Lunatic asylums Madras 1892-1911 - 1892-1911
Year: 1892
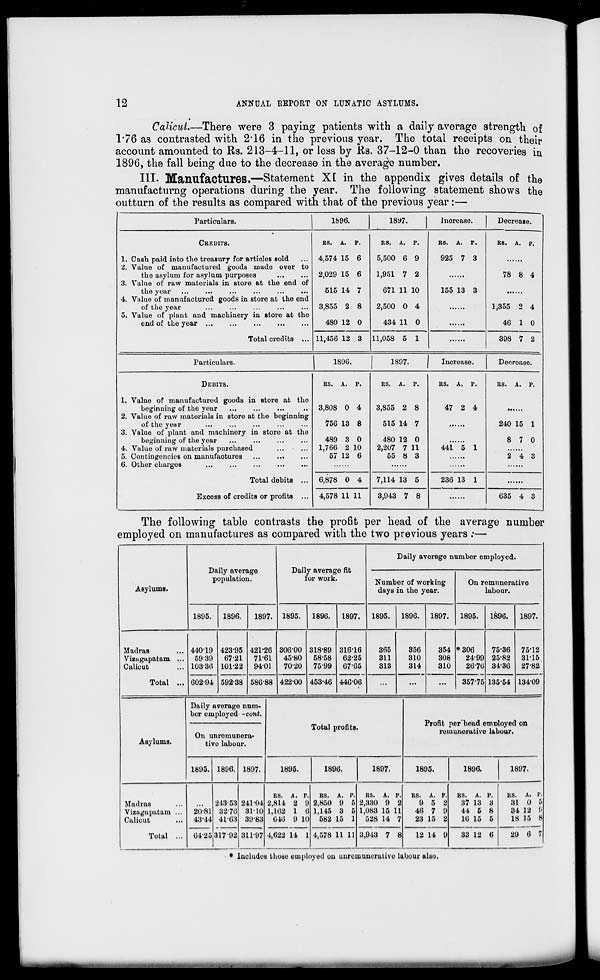
12
ANN DAL REPORT ON LUNATIC ASYLUMS.
Calicut—There were 3 paying patients with a daily average strength of
1/76 as contrasted with 2*16 in the previous year. The total receipts on their
account amounted to Rs. 213-4-11, or less by Ks. 37-12-0 than the recoveries in
1896, the fall being due to the decrease in the average number.
HI. Manufactures.—Statement XL in the appendix gives details of the
manufacturng operations during the year. The following statement shows the
outturn of the results as compared with, that of the previous year:—
Particulars.
1896.
18y7.
Inorease.
Decrease.
CREDITS.
RS. A. p.
RS. A. p.
RS. A. P.
RS. A. p.
1. Cash paid into the treasury for articles sold
4,574 15 6
5,500 6 9
925 7 3
2. Value of manufactured goods made over to
the asylum for asylum purposes
2,029 15 6
1,951 7 2
78 8 4
3. Value of raw materials in store at the end of
the year
515 14 7
671 11 10
155 13 3
4. Value of manufactured goods in store at the end
of the year
3,855 2 8
2,500 0 4
1,355 2 4
5. Value of plant and machinery in store at the
end of the year ...
Total credits ...
480 12 0
434 11 0
46 1 0
11,456 12 3 11,058 5 1
398 7 2
Particulars.
1896.
1897.
Increase.
Decrease.
DEBITS.
RS. A. p.
RS. A. p.
RS. A. P.
RS. A. P.
1. Value of manufactured goods in store at the
beginning of the year
3,808 0 4
3,855 2 8
47 2 4
2. Value of raw materials in store at the beginning
of the year
756 13 8
515 14 7
240 15 1
3. Value of plant and machinery in store at the
beginning of the year
489 3 0
480 12 0
8 7 0
4. Value of raw materials purchased
1,766 2 10
2,207 7 11
441 5 1
5. Contingencies on manufactures
...
..•
57 12 6
55 8 3
2 4 3
6. Other charges
...
Total debits ...
Excess of credits or profits ...
6,878 0 4
7,114 13 5
236 13 1
4,578 11 11
3,943 7 8
635 4 3
The following table contrasts the profit per head of the average number
employed on manufactures as compared with the two previous years ;—
Asylums.
Daily average
population.
Daily average fit
for work.
1895.
1896.
1897. 1895.
1896.
1897.
Daily average number employed.
Number of working
days in the year.
1895.
1896. 1897.
On remunerative
labour.
1895.
1896.
1897.
Madras
Vizugapatam
Calicut
Total
410-19
5939
103-36
602-94
42395
67 21
101-22
592-38
421-26
71-61
9401
586-88
30600
45-80
70-20
422-00
318-89
58-58
7599
453-40
316-16
62-25
67-65
446-06
365
311
313
356
810
314
354
308
310
*306
24-99
26-76
35775
75-36
25-82
34-36
135-54
75-12
3115
27-82
13409
Asylums.
Daily average num-
ber employed -cont.
On unremunera-
tive labour.
1895. 1896. 1897.
Total profits.
1895.
1896.
1897.
Profit per'head employed on
remunerative labour.
1895.
1896.
1897.
Madras
Vizaguputam ...
Calicut
Total ...
20-81
43-44
6425
243-53
3276
41-63
317 92
241-04
3110
3983
311-97
RS. A. r.
2,814 2 9
1,162 1 6
646 9
14
10
1
4,622
RS. A. i 1 .
2,850 9 5
1,145 3 5
582 15 1
4,578 11 11
RS. A. P.
2,;<30 9 2
1,083 15 11
528 14 7
3,943 7 8
RS. A. p.
9 5 2
46 7 9
23 15 2
9
12 14
RS. A. p.
37 13 3
44 5 8
16 15 5
33 12 6
RS.
A. 1'.
31 0 5
84 12 6
18 15 8
29 6 7
* Includes those employed ou unromuiieruuvc labour also.